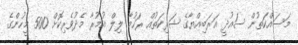
މަސައްކަތުން ސައުދީ އަރަބިއްޔާގެ ޝަރިކަތުއް ރަހުމާ ލިލް އުމުރާ މެދުވެރިކޮށް 500 މީހުންގެ